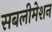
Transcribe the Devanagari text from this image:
सबलीमेशन